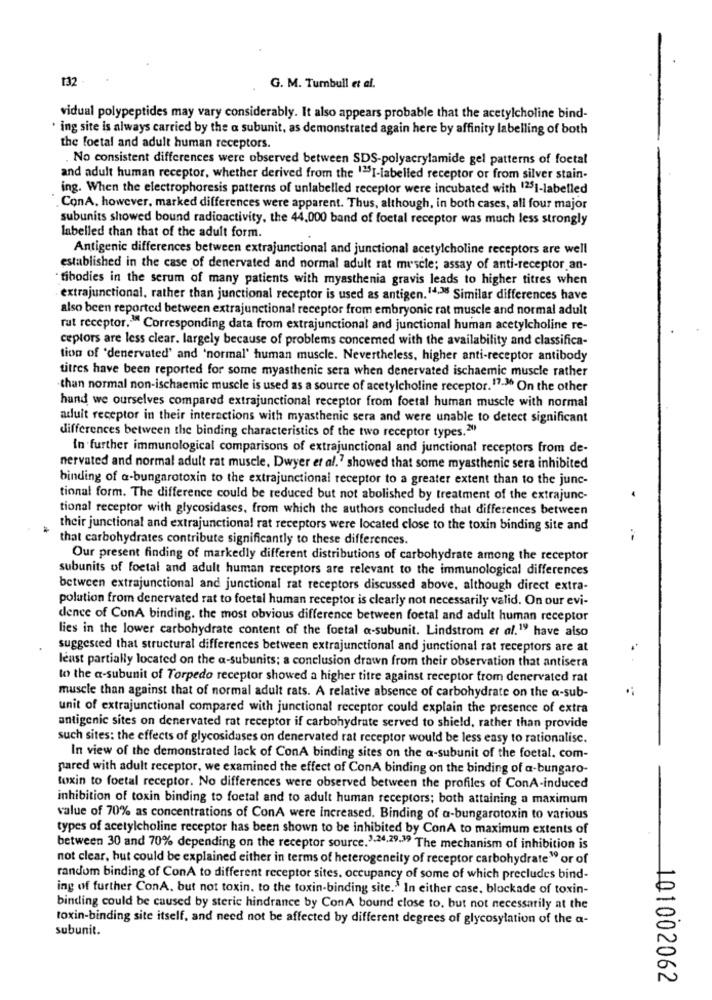
132 -
G. M. Turnbull et al.
vidual polypeptides may vary considerably. It also appears probable that the acetylcholine bind-
· ing site is always carried by the a subunit, as demonstrated again here by affinity labelling of both
the foetal and adult human receptors.
. No consistent differences were observed between SDS-polyacrylamide gel patterns of foetal
and adult human receptor, whether derived from the 125I-labelled receptor or from silver stain-
ing. When the electrophoresis patterns of unlabelled receptor were incubated with 1251-labelled
. ConA. however, marked differences were apparent. Thus, although, in both cases, all four major
subunits showed bound radioactivity, the 44.000 band of foetal receptor was much less strongly
Inbelled than that of the adult form.
Antigenic differences between extrajunctional and junctional acetylcholine receptors are well
established in the case of denervated and normal adult rat muscle; assay of anti-receptor an-
tibodies in the serum of many patients with myasthenia gravis leads to higher titres when
extrajunctional, rather than junctional receptor is used as antigen. 14.38 Similar differences have
also been reported between extrajunctional receptor from embryonic rat muscle and normal adult
rat receptor. Corresponding data from extrajunctional and junctional human acetylcholine re-
ceptors are less clear. largely because of problems concerned with the availability and classifica-
tion of 'denervated' and 'normal' human muscle. Nevertheless, higher anti-receptor antibody
titres have been reported for some myasthenic sera when denervated ischaemic muscle rather
than normal non-ischaemic muscle is used as a source of acetylcholine receptor. 17-36 On the other
hand we ourselves compared extrajunctional receptor from foetal human muscle with normal
aduit receptor in their interactions with myasthenic sera and were unable to detect significant
differences between the binding characteristics of the two receptor types.""
in further immunological comparisons of extrajunctional and junctional receptors from de-
nervated and normal adult rat muscle, Dwyer et al.7 showed that some myasthenic sera inhibited
binding of a-bungarotoxin to the extrajunctional receptor to a greater extent than to the junc-
tional form. The difference could be reduced but not abolished by treatment of the extrajunc-
tional receptor with glycosidases, from which the authors concluded that differences between
their junctional and extrajunctional rat receptors were located close to the toxin binding site and
that carbohydrates contribute significantly to these differences.
Our present finding of markedly different distributions of carbohydrate among the receptor
subunits of foetal and adult human receptors are relevant to the immunological differences
between extrajunctional and junctional rat receptors discussed above, although direct extra-
polution from denervated rat to foetal human receptor is clearly not necessarily valid. On our evi-
dence of ConA binding. the most obvious difference between foetal and adult human receptor
lies in the lower carbohydrate content of the foetal a-subunit. Lindstrom et al.19 have also
suggested that structural differences between extrajunctional and junctional rat receptors are at
least partially located on the a-subunits; a conclusion drawn from their observation that antisera
to the a-subunit of Torpedo receptor showed a higher titre against receptor from denervated rat
muscle than against that of normal adult rats. A relative absence of carbohydrate on the a-sub-
unit of extrajunctional compared with junctional receptor could explain the presence of extra
antigenic sites on denervated rat receptor if carbohydrate served to shield, rather than provide
such sites: the effects of glycosidases on denervated rat receptor would be less easy to rationalisc.
In view of the demonstrated lack of ConA binding sites on the a-subunit of the foetal. com-
pared with adult receptor, we examined the effect of ConA binding on the binding of a-bungaro-
toxin to foetal receptor. No differences were observed between the profiles of ConA-induced
inhibition of toxin binding to foetal and to adult human receptors; both attaining a maximum
value of 70% as concentrations of ConA were increased. Binding of a-bungarotoxin to various
types of acetylcholine receptor has been shown to be inhibited by ConA to maximum extents of
between 30 and 70% depending on the receptor source.1.24,29.39 The mechanism of inhibition is
not clear, but could be explained either in terms of heterogeneity of receptor carbohydrate" or of
random binding of ConA to different receptor sites, occupancy of some of which precludes bind-
ing of further ConA, but not toxin. to the toxin-binding site." In either case, blockade of toxin-
binding could be caused by steric hindrance by ConA bound close to, but not necessarily at the
toxin-binding site itself, and need not be affected by different degrees of glycosylation of the a-
subunit.
101002062